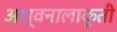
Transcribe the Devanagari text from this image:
अश्वनालाकृती